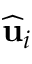
\widehat { \mathbf { u } } _ { i }